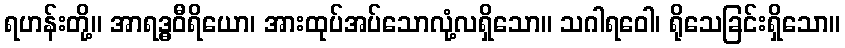
ရဟန်းတို့။ အာရဒ္ဓဝီရိယော၊ အားထုပ်အပ်သောလုံ့လရှိသော။ သဂါရဝေါ၊ ရိုသေခြင်းရှိသော။